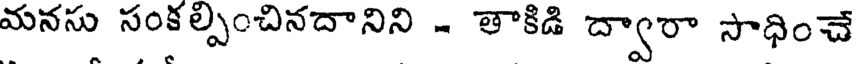
మనసు సంకల్పించినదానిని - తాకిడి ద్వారా సాధించే